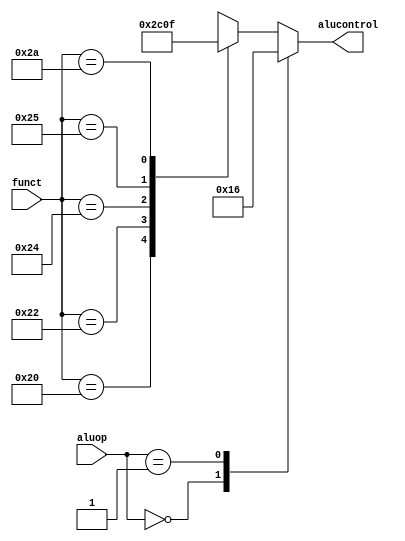
`timescale 1ns / 1ps
module aludec(
                input [5:0] funct,
                input [1:0] aluop,
                output reg [2:0] alucontrol
                );
    always@(*)
        case(aluop)
            2'b00: alucontrol <= 3'b010; //add
            2'b01: alucontrol<= 3'b110; //sub
            default: case(funct) //r type
                6'b100000: alucontrol<=3'b010; //add
                6'b100010: alucontrol<=3'b110; //sub
                6'b100100: alucontrol<=3'b000; //and
                6'b100101: alucontrol<=3'b001; //or
                6'b101010: alucontrol<=3'b111; //slt
                default: alucontrol <=3'bxxx;
                
            endcase
        endcase
endmodule